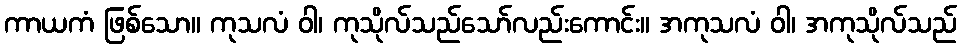
ကာယကံ ဖြစ်သော။ ကုသလံ ဝါ၊ ကုသိုလ်သည်သော်လည်းကောင်း။ အကုသလံ ဝါ၊ အကုသိုလ်သည်